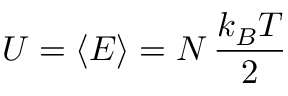
U = \langle E \rangle = N \, { \frac { k _ { B } T } { 2 } }